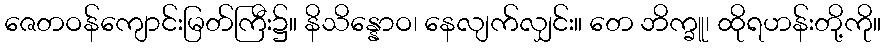
ဇေတဝန်ကျောင်းမြတ်ကြီး၌။ နိသိန္နောဝ၊ နေလျက်လျှင်း။ တေ ဘိက္ခူ၊ ထိုရဟန်းတို့ကို။